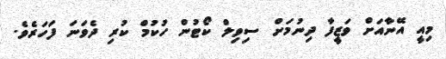
މިއީ އޭނާއަށް ވަޒީފާ ދިނުމަށް ސިވިލް ކޯޓުން ހުކުމް ކުރި ދެވަނަ ފަހަރެވެ.